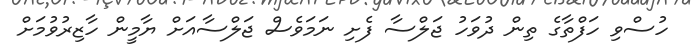
ހުސްވި ހަފްތާގެ ތިން ދުވަހު ޖަލްސާ ފެށި ނަމަވެސް ޖަލްސާއަށް ޔާމީން ހާޒިރުވުމަށް